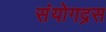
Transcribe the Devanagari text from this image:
संयोगद्रस